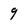
Character: 9